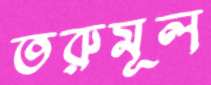
তরুমূল